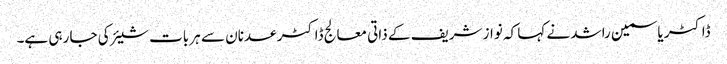
ڈاکٹر یاسمین راشد نے کہا کہ نواز شریف کے ذاتی معالج ڈاکٹر عدنان سے ہر بات شیئر کی جا رہی ہے۔